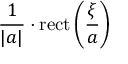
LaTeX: { \frac { 1 } { | a | } } \cdot \operatorname { r e c t } \left( { \frac { \xi } { a } } \right)